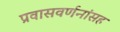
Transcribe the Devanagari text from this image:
प्रवासवर्णनांसह